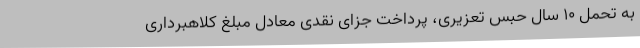
به تحمل 10 سال حبس تعزیری، پرداخت جزای نقدی معادل مبلغ کلاهبرداری